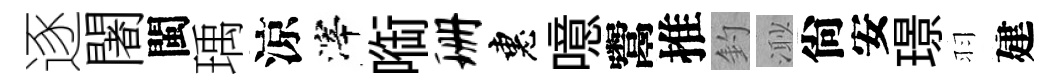
逐闍閩瑀涼滓㗸珊惠噫鬻推釣𣺌尙安璟羽建